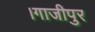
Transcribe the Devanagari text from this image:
।गाजीपुर